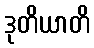
ဒုတိယာတိ